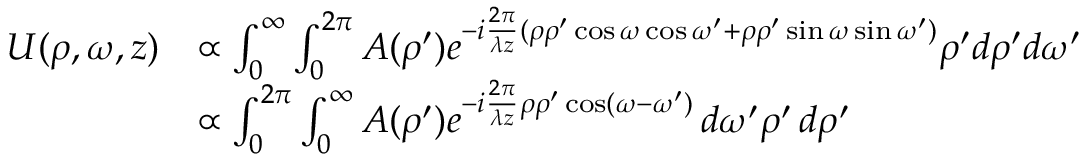
{ \begin{array} { r l } { U ( \rho , \omega , z ) } & { \propto \int _ { 0 } ^ { \infty } \int _ { 0 } ^ { 2 \pi } A ( \rho ^ { \prime } ) e ^ { - i { \frac { 2 \pi } { \lambda z } } ( \rho \rho ^ { \prime } \cos \omega \cos \omega ^ { \prime } + \rho \rho ^ { \prime } \sin \omega \sin \omega ^ { \prime } ) } \rho ^ { \prime } d \rho ^ { \prime } d \omega ^ { \prime } } \\ & { \propto \int _ { 0 } ^ { 2 \pi } \int _ { 0 } ^ { \infty } A ( \rho ^ { \prime } ) e ^ { - i { \frac { 2 \pi } { \lambda z } } \rho \rho ^ { \prime } \cos ( \omega - \omega ^ { \prime } ) } \, d \omega ^ { \prime } \rho ^ { \prime } \, d \rho ^ { \prime } } \end{array} }